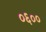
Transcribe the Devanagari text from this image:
०६००